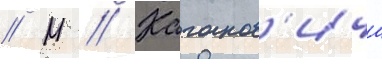
// М // Каганов'ича